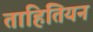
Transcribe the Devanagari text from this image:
ताहितियन